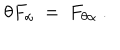
\theta F _ { \alpha } ~ = ~ F _ { \theta \alpha } ~ .